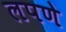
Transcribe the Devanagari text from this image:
लपणे